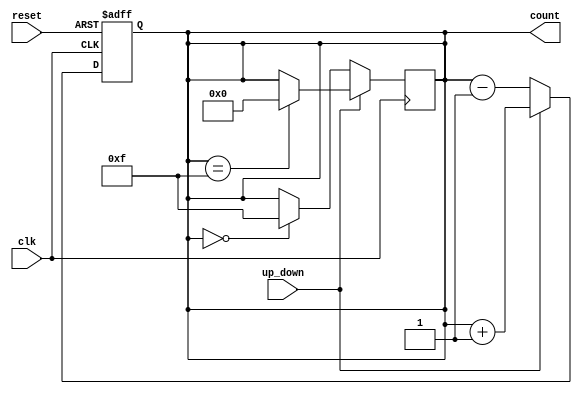
module UpDownCounter #(
    parameter N = 4  // Parameter for the width of the counter (number of bits)
)(
    input wire clk,             // Clock signal
    input wire reset,           // Asynchronous reset signal
    input wire up_down,         // Control signal for counting direction
    output reg [N-1:0] count    // n-bit output for the counter value
);

// Asynchronous reset and counting logic
always @(posedge clk or posedge reset) begin
    if (reset) begin
        count <= 0;  // Reset the counter to zero
    end else begin
        if (up_down) begin
            // Count up
            count <= count + 1;  // Increment the count
        end else begin
            // Count down
            count <= count - 1;  // Decrement the count
        end
    end
end

// Handle wrap-around conditions
always @(posedge clk) begin
    if (up_down) begin
        if (count == {N{1'b1}}) begin
            count <= 0; // Wrap around to 0 if maximum value is reached
        end
    end else begin
        if (count == 0) begin
            count <= {N{1'b1}}; // Wrap around to maximum value if counting down from 0
        end
    end
end

endmodule